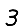
Digit: 3